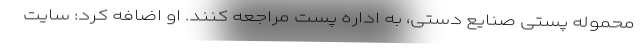
محموله پستی صنایع دستی، به اداره پست مراجعه کنند. او اضافه کرد: سایت